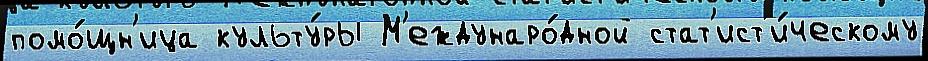
помо́щн'ица культу́ры М'еждунаро́дной стат'ист'и́ческому